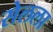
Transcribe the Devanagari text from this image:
सेलला